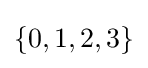
\left\{0,1,2,3\right\}